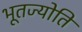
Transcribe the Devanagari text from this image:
भूतज्योति